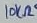
Text: 10KΩ